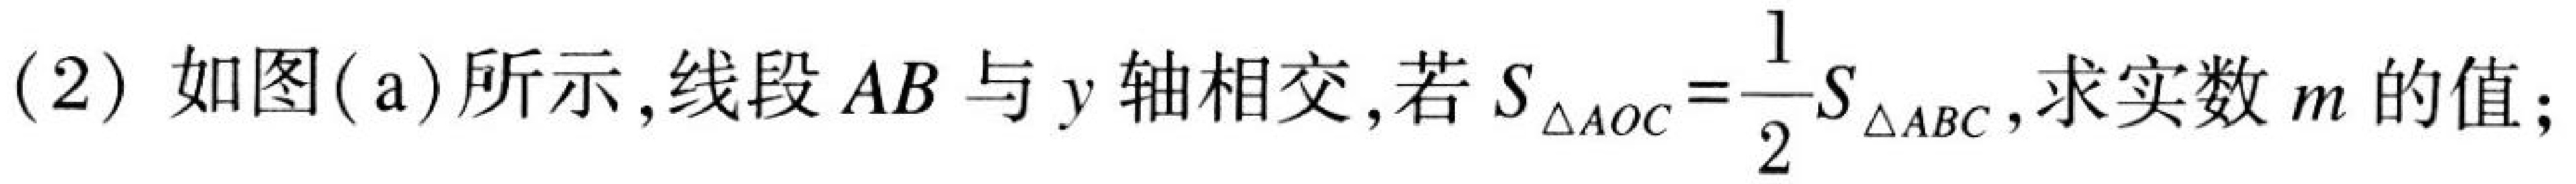
(2) 如图(a)所示,线段 \(AB\) 与 \(y\) 轴相交,若 \(S_{\triangle AOC}=\frac{1}{2}S_{\triangle ABC}\),求实数 \(m\) 的值;